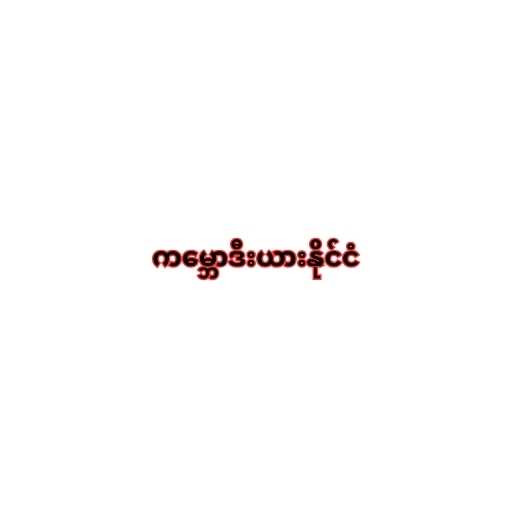
ကမ္ဘောဒီးယားနိုင်ငံ